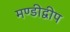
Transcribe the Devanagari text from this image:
मण्डीद्वीप